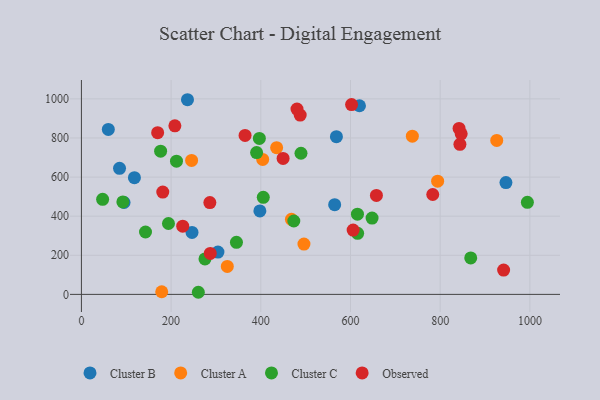
{"axis": {"x": "Price", "y": "Exam Score"}, "legend": ["Cluster A", "Cluster B", "Cluster C", "Observed"], "data": [{"x": "397.9", "y": 427.1, "type": "Cluster B"}, {"x": "246.6", "y": 317.1, "type": "Cluster B"}, {"x": "946.6", "y": 571.9, "type": "Cluster B"}, {"x": "85.0", "y": 644.6, "type": "Cluster B"}, {"x": "236.5", "y": 995.7, "type": "Cluster B"}, {"x": "95.1", "y": 470.1, "type": "Cluster B"}, {"x": "564.7", "y": 458.9, "type": "Cluster B"}, {"x": "118.2", "y": 597.2, "type": "Cluster B"}, {"x": "620.0", "y": 964.8, "type": "Cluster B"}, {"x": "568.6", "y": 806.6, "type": "Cluster B"}, {"x": "60.0", "y": 843.7, "type": "Cluster B"}, {"x": "304.4", "y": 216.4, "type": "Cluster B"}, {"x": "926.1", "y": 787.6, "type": "Cluster A"}, {"x": "404.2", "y": 690.3, "type": "Cluster A"}, {"x": "435.3", "y": 750.3, "type": "Cluster A"}, {"x": "325.3", "y": 143.1, "type": "Cluster A"}, {"x": "179.1", "y": 13.5, "type": "Cluster A"}, {"x": "496.2", "y": 257.4, "type": "Cluster A"}, {"x": "245.7", "y": 685.3, "type": "Cluster A"}, {"x": "737.9", "y": 809.1, "type": "Cluster A"}, {"x": "468.3", "y": 383.9, "type": "Cluster A"}, {"x": "794.3", "y": 579.2, "type": "Cluster A"}, {"x": "390.6", "y": 725.5, "type": "Cluster C"}, {"x": "405.5", "y": 496.4, "type": "Cluster C"}, {"x": "615.5", "y": 410.5, "type": "Cluster C"}, {"x": "92.4", "y": 472.9, "type": "Cluster C"}, {"x": "994.4", "y": 470.9, "type": "Cluster C"}, {"x": "868.1", "y": 186.6, "type": "Cluster C"}, {"x": "176.6", "y": 732.4, "type": "Cluster C"}, {"x": "473.6", "y": 375.4, "type": "Cluster C"}, {"x": "396.8", "y": 797.7, "type": "Cluster C"}, {"x": "212.0", "y": 681.4, "type": "Cluster C"}, {"x": "260.7", "y": 10.8, "type": "Cluster C"}, {"x": "194.1", "y": 362.5, "type": "Cluster C"}, {"x": "275.5", "y": 181.2, "type": "Cluster C"}, {"x": "489.6", "y": 722.0, "type": "Cluster C"}, {"x": "615.9", "y": 312.5, "type": "Cluster C"}, {"x": "648.1", "y": 390.1, "type": "Cluster C"}, {"x": "142.9", "y": 319.2, "type": "Cluster C"}, {"x": "47.3", "y": 486.0, "type": "Cluster C"}, {"x": "345.7", "y": 266.2, "type": "Cluster C"}, {"x": "286.4", "y": 469.8, "type": "Observed"}, {"x": "487.8", "y": 917.0, "type": "Observed"}, {"x": "364.9", "y": 813.3, "type": "Observed"}, {"x": "602.4", "y": 970.7, "type": "Observed"}, {"x": "941.4", "y": 124.2, "type": "Observed"}, {"x": "842.1", "y": 848.7, "type": "Observed"}, {"x": "480.7", "y": 948.0, "type": "Observed"}, {"x": "208.4", "y": 862.1, "type": "Observed"}, {"x": "844.0", "y": 767.7, "type": "Observed"}, {"x": "657.8", "y": 506.1, "type": "Observed"}, {"x": "287.3", "y": 209.7, "type": "Observed"}, {"x": "170.0", "y": 827.0, "type": "Observed"}, {"x": "783.4", "y": 510.9, "type": "Observed"}, {"x": "846.8", "y": 821.2, "type": "Observed"}, {"x": "605.9", "y": 328.8, "type": "Observed"}, {"x": "225.9", "y": 349.1, "type": "Observed"}, {"x": "181.4", "y": 523.2, "type": "Observed"}, {"x": "449.7", "y": 695.6, "type": "Observed"}]}